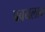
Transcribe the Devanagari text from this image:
बबयलान